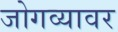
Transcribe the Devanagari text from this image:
जोगव्यावर